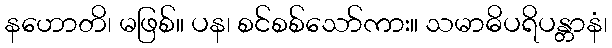
နဟောတိ၊ မဖြစ်။ ပန၊ စင်စစ်သော်ကား။ သမာဓိပရိပန္တာနံ၊